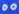
DO